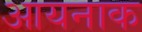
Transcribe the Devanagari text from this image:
आयनाक